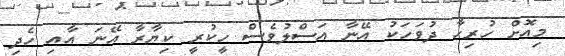
މިއޮށް ހުރިހާ ދުވަހަކު އޭނާ އަސްލުވެސް ހީކުރީ ކިޔާރާ އޭނަ އާއި ހެދި